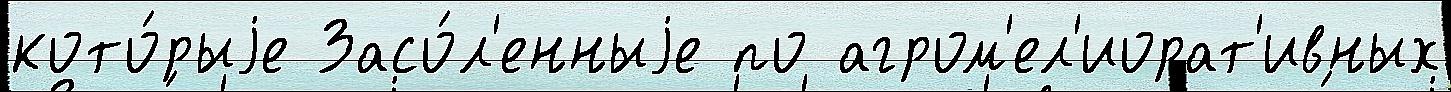
кото́рыjе Засо́л'енныjе по агром'ел'иорат'ивных